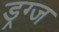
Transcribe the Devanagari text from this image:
ड्रग्ज